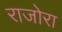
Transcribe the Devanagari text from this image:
राजोरा